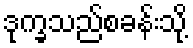
ဒုက္ခသည်စခန်းသို့